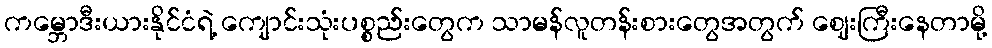
ကမ္ဘောဒီးယားနိုင်ငံရဲ့ ကျောင်းသုံးပစ္စည်းတွေက သာမန်လူတန်းစားတွေအတွက် ဈေးကြီးနေတာမို့